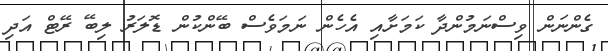
ގެންނަން ވިސްނަމުންދާ ކަމަށާއި އެހެން ނަމަވެސް ބޭންކުން ޑޮލަރު ލިބޭ ރޭޓް އަދި